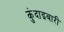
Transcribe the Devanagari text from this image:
कुंदाइबारी